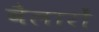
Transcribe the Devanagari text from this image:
बैलारों